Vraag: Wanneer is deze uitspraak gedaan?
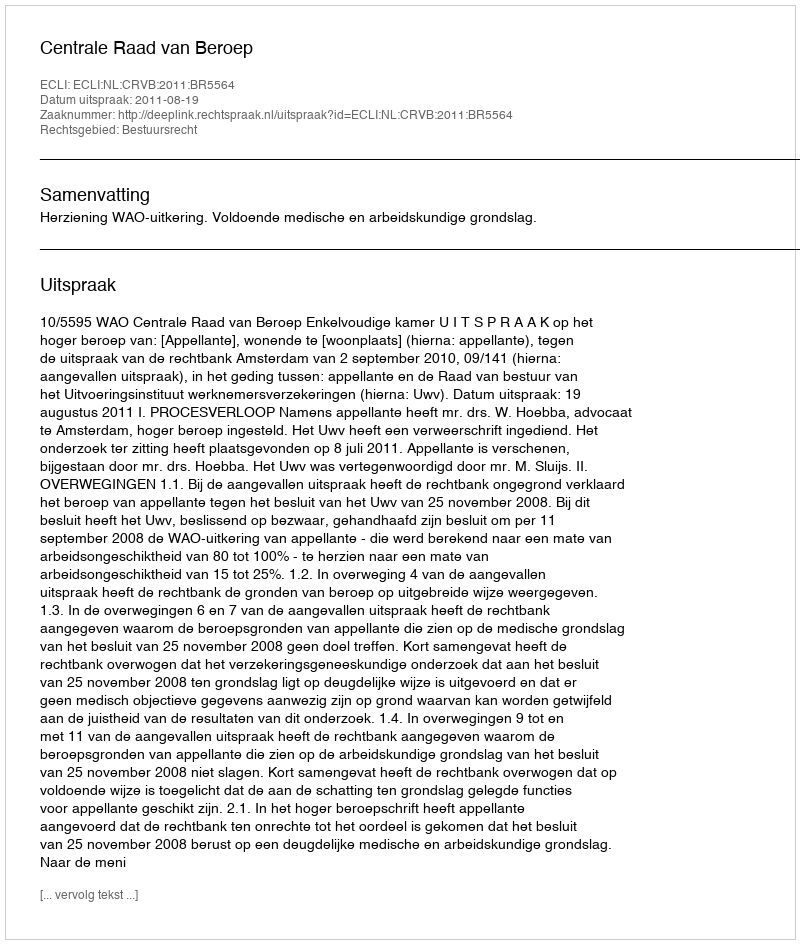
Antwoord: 2011-08-19